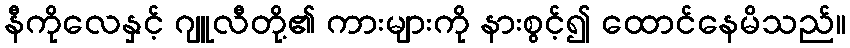
နီကိုလေနှင့် ဂျူလီတို့၏ ကားများကို နားစွင့်၍ ထောင်နေမိသည်။